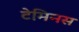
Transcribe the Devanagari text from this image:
टेमिनस